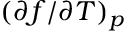
( \partial f / \partial T ) _ { p }